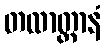
တထာတ္တာနံ